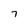
Character: 7